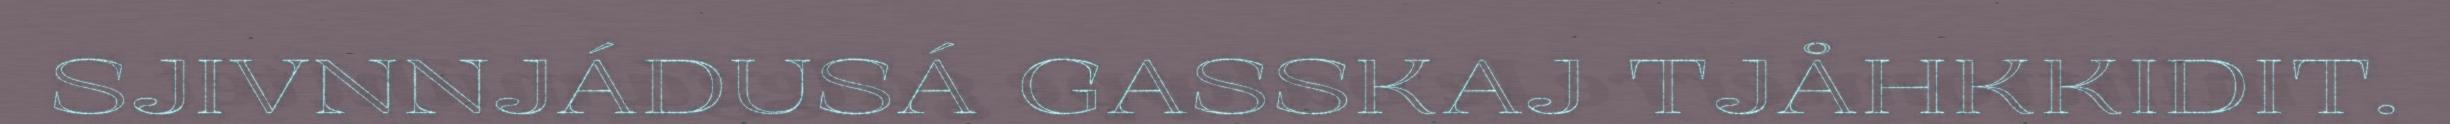
SJIVNNJÁDUSÁ GASSKAJ TJÅHKKIDIT.